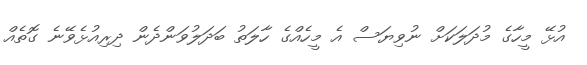
އުޅޭ މީހާގެ މުދަލަކަށް ނުވިޔަސް އެ މީހެއްގެ ހާލަތު ބަދަލުވަންދެން ދިރިއުޅެވޭނެ ގޮތެއް